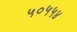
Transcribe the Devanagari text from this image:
५०५५४